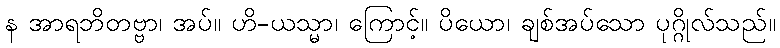
န အာရဘိတဗ္ဗာ၊ အပ်။ ဟိ-ယသ္မာ၊ ကြောင့်။ ပိယော၊ ချစ်အပ်သော ပုဂ္ဂိုလ်သည်။